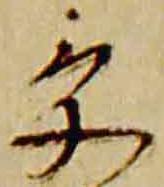
受